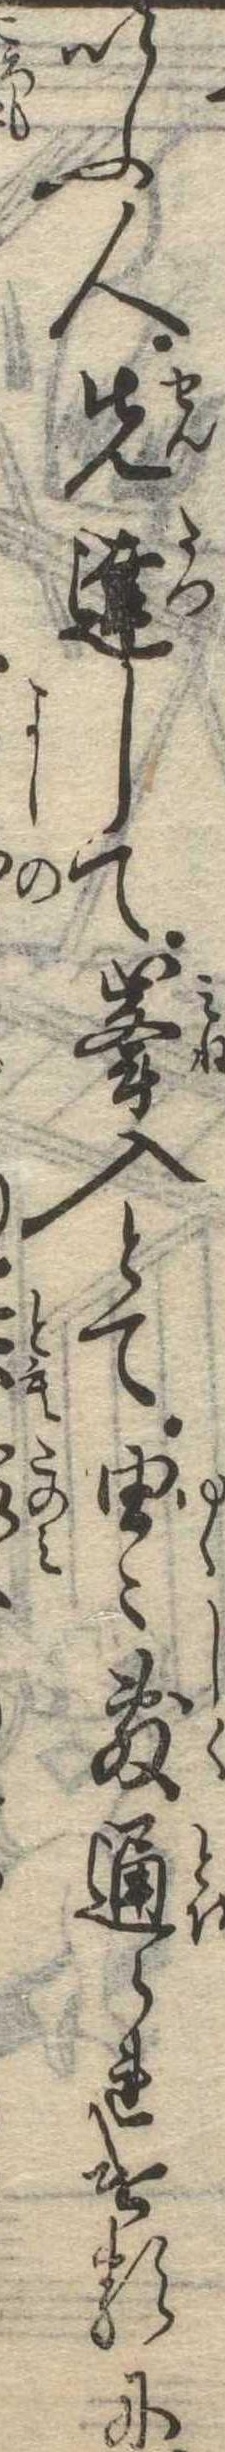
いふ人先達して峰入とて由〻敷通られけるに